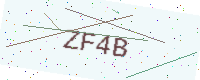
Text: ZF4B